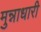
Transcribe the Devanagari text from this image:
मुन्नाधारी